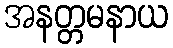
အနတ္တမနာယ